Report of the King Institute of Preventive Medicine, Guindy
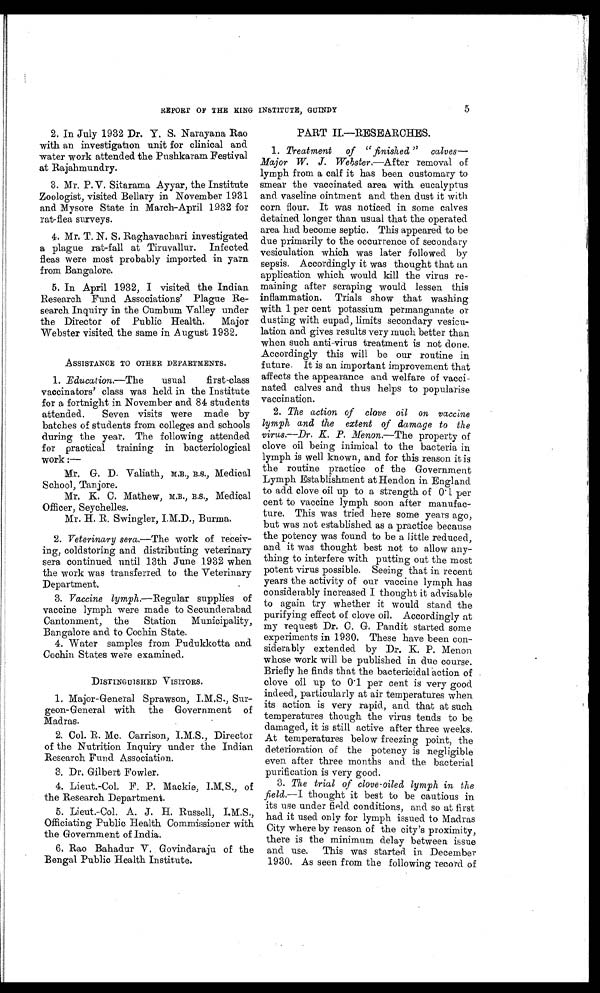
5
REPORT OF THE KING INSTITUTE, GUINDY
2. In July 1932 Dr. Y. S. Narayana Rao
with an investigation unit for clinical and
water work attended the Pushkaram Festival
at Rajahmundry.
3. Mr. P . V . S i t a r a m a A y y a r , t h e I n s t i t u t e
Zoologist, visited Bellary in November 1931
and Mysore State in March-April 1932 for
rat-flea surveys.
4. Mr. T. N. S. Raghavachari investigated
a plague rat-fall at Tiruvallur. Infected
fleas were most probably imported in yarn
from Bangalore.
5. In April 1932, I visited the Indian
Research Fund Associations' Plague Re-
search Inquiry in the Cumbum Valley under
the Director of Public Health, Major
Webster visited the same in August 1932.
ASSISTANCE TO OTHER DEPARTMENTS.
1. Education.—The
usual first-class
vaccinators' class was held in the Institute
for a fortnight in November and 84 students
attended. Seven visits were made by
batches of students from colleges and schools
during the year. The following attended
for practical training in bacteriological
work :–
Mr. G. D. Valiath, M.B., B.S., Medical
School, Tanjore.
Mr. K. C. Mathew, M.B., B.S., Medical
Officer, Seychelles.
Mr. H. R. Swingler, I.M.D., Burma,
2. Veterinary sera.—The work of receiv-
ing, coldstoring and distributing veterinary
sera continued until 13th June 1932 when
the work was transferred to the Veterinary
Department .
3. Vaccine lymph .—Regular supplies of
vaccine lymph were made to Secunderabad
Cantonment, the Station Municipality,
Bangalore and to Cochin State.
4. Water samples from Pudukkotta and
Cochin States were examined.
DISTINGUISHED VISITORS.
1. Major-General Sprawson, I.M.S., Sur-
geon-General with the Government of
Madras.
2. Col. R. Mc. Carrison, I.M.S., Director
of the Nutrition Inquiry under the Indian
Research Fund Association.
3 . D r . G i l b e r t F o w l e r .
4. Lieut.-Col, F. P. Mackie, I.M.S., of
the Research Department.
5. Lieut.-Col. A. J. H Russell, I.M.S.,
Officiating Public Health Commissioner with
the Government of India.
6. Rao Bahadur V. Govindaraju of the
Bengal Public Health Institute.
PART II—RESEARCHES.
1. Treatment
of " finished" calves—
Major W. J. Webster .—After removal of
lymph from a calf it has been customary to
smear the vaccinated area with eucalyptus
and vaseline ointment and then dust it with
corn flour. It was noticed in some calves
detained longer than usual that the operated
area had become septic. This appeared to be
due primarily to the occurrence of secondary
vesiculation which was later followed by
sepsis, Accordingly it was thought that an
application which would kill the virus re-
maining after scraping would lessen this
inflammation. Trials show that washing
with 1 per cent potassium permanganate or
dusting with eupad, limits secondary vesicu-
lation and gives results very much better than
when such anti-virus treatment is not done.
Accordingly this will be our routine in
future. It is an important improvement that
affects the appearance and welfare of vacci-
nated calves and thus helps to popularise
vaccination.
2.
The action of clove oil on vaccine
lymph and the extent of damage to the
virus.—Dr. K. P.M e n o n .
— T h e p r o p e r t y o f
clove oil being inimical to the bacteria in
lymph is well known, and for this reason it is
the routine practice of the Government
Lymph Establishment at Hendon in England
to add clove oil up to a strength of 0.1. per
cent to vaccine lymph soon after manufac-
ture, This was tried here some years ago,
but was not established as a practice because
the potency was found to be a little reduced,
and it was thought best not to allow any-
thing to interfere with putting out the most
potent virus possible. Seeing that in recent
years the activity of our vaccine lymph has
considerably increased I thought it advisable
to again try whether it would stand the
purifying effect of clove oil. Accordingly at
my request Dr. C. G. Pandit started some
experiments in 1930. These have been con-
siderably extended by Dr. K. P. Menon
whose work will be published in due course.
Briefly he finds that the bactericidal action of
clove oil up to 0.1 per cent is very good
indeed, particularly at air temperatures when
its action is very rapid., and that at such
temperatures though the virus tends to be
damaged, it is still active after three weeks.
At temperatures below freezing point, the
deterioration of the potency is negligible
even after three months and the bacterial
purification is very good.
3. The trial of clove-oiled lymph in the
field.—I thought it best to be cautious in
its use under field conditions, and so at first
had it used only for lymph issued to Madras
City where by reason of the city's proximity,
there is the minimum delay between issue
and use, This was started. in December
1930. As seen from the following record of